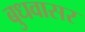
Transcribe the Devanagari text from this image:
बुधवासर